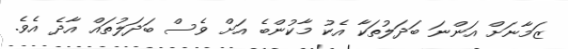
ޒަމާނަށް އަންނަ ބަދަލުތަކާ އެކު މާކުންބެ އަށް ވެސް ބަދަލުތައް އާދެ އެވެ.